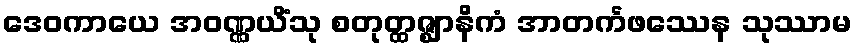
ဒေဝကာယေ အဝဏ္ဏယိံသု စတုတ္ထဇ္ဈာနိကံ အာတင်္ကဖဿေန သုဿာမ